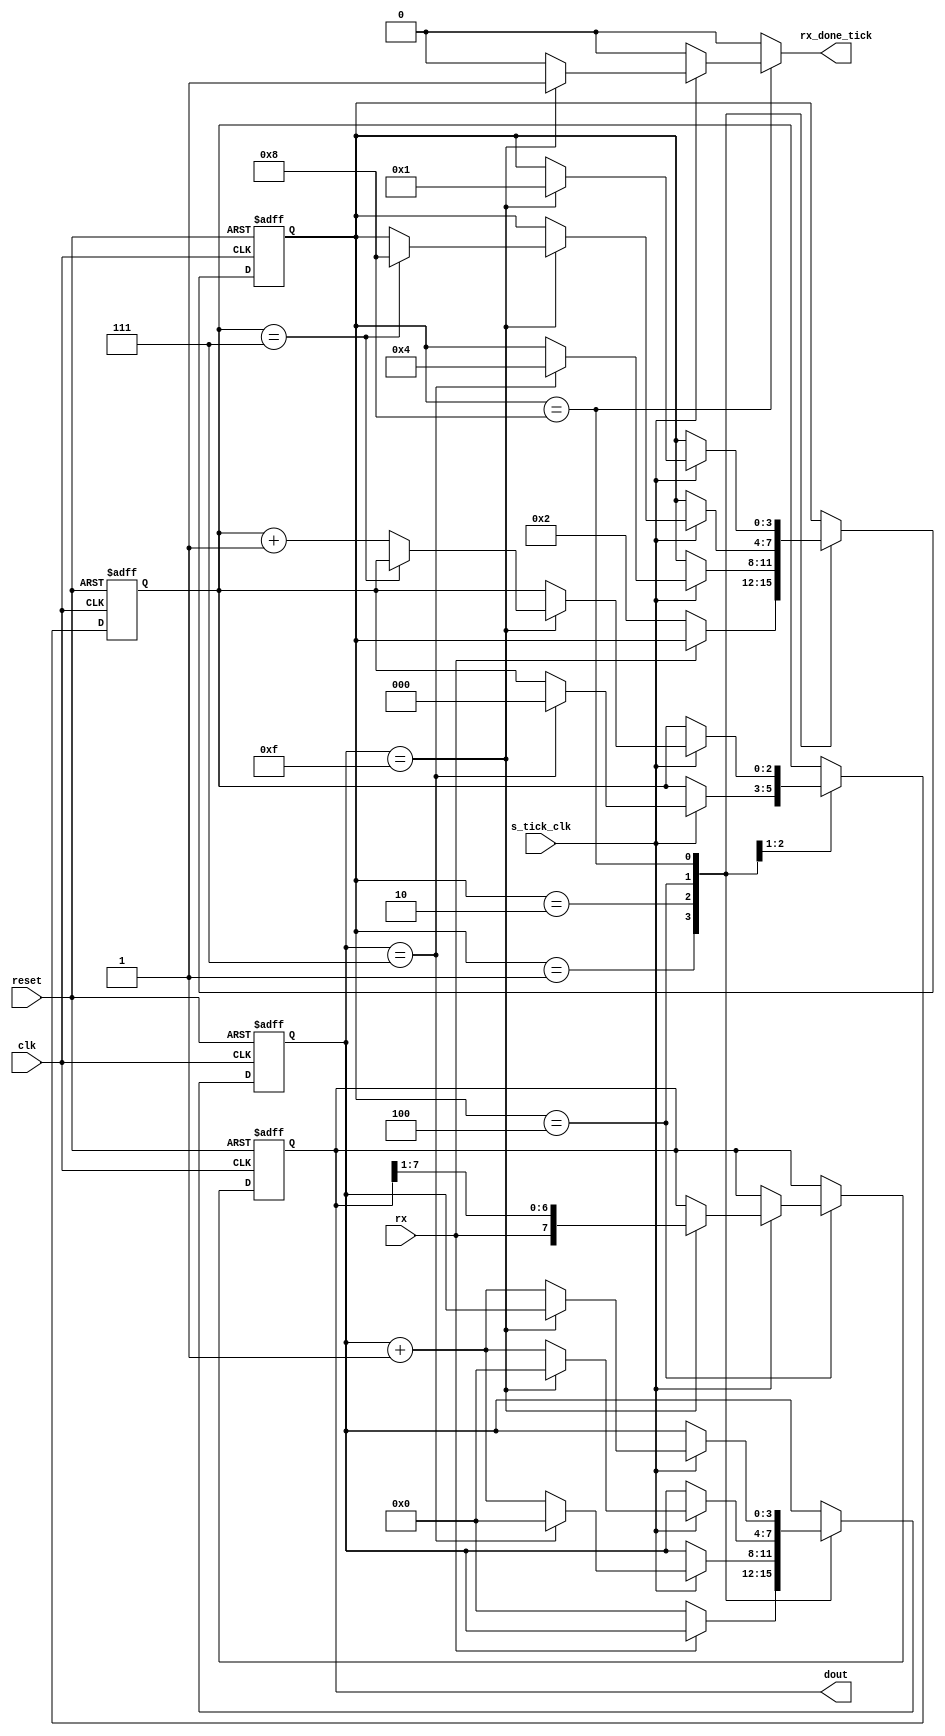
`timescale 1ns / 1ps
//////////////////////////////////////////////////////////////////////////////////
// Company: 
// Engineer: 
// 
// Design Name: 
// Module Name:    Rx 
// Project Name: 
// Target Devices: 
// Tool versions: 
// Description: 
//
// Dependencies: 
//
// Revision: 
// Revision 0.01 - File Created
// Additional Comments: 
//
//////////////////////////////////////////////////////////////////////////////////
module Rx
#(parameter N = 8,     // # DBIT: n bits de dato
            M = 16  // # SB_TICK: n de ticks de bit stop
   )
(clk, reset,rx, s_tick_clk,rx_done_tick,dout);// E/S - I/O

   // Entradas
	 input wire clk, reset; // clk: clock de FPGA - reset: seal para resetear FSM
    input wire rx, s_tick_clk; // rx: seal bit de recepcion - s_tick_clk: clock de baud rate gen.
	 
	 // Salidas
    output reg rx_done_tick; // bandera de recepcion
    output wire [7:0] dout; // salida de bit de datos recibidos
	 
	// Declaracion de estados
   localparam [3:0]
      idle  = 4'b0001,// esperando bit de inicio de recpcion (START)
      start = 4'b0010,// recibiendo bit de inicio (START)
      data  = 4'b0100,// recibiendo bit de datos
      stop  = 4'b1000;// recibiendo bit de STOP

   // Declaracion de seales con inicializacion en cada una
   reg [3:0] state, state_next=idle;// estados de 4 bits
   reg [3:0] s_reg, s_next=0; //s_reg: Tick counter -> cuenta los ticks desde el inicio, maxima cuenta 15(4 bits)
   reg [2:0] n_reg, n_next=0; //n_reg: data counter -> cuenta los bits de datos leidos, maxima cuenta 7(3 bits)
   reg [7:0] b_reg, b_next=0; //b_reg: registro de bits de datos (8 bits de datos)

   // Estados de la FSM & Resgistros de datos
   always @(posedge clk, posedge reset)
      if (reset)
         begin
            state <= idle;
            s_reg <= 0;
            n_reg <= 0;
            b_reg <= 0;
         end
      else
         begin
            state <= state_next;
            s_reg <= s_next;
            n_reg <= n_next;
            b_reg <= b_next;
         end

   // Logica de siguiente estado
   always @*
   begin
      state_next = state;
      rx_done_tick = 1'b0;
      s_next = s_reg;
      n_next = n_reg;
      b_next = b_reg;
      case (state)
         idle:
            if (~rx)
               begin
                  state_next = start; // estado sig -> start
                  s_next = 0; // tick counter inicia en cero
               end
         start:
            if (s_tick_clk)
               if (s_reg==7)
                  begin
                     state_next = data;// estado sig -> data
                     s_next = 0;// se reinicia tick counter
                     n_next = 0;// inicia en cero contador de bit de datos
                  end
               else
                  s_next = s_reg + 1;// aumenta en uno tick counter
         data:
            if (s_tick_clk)
               if (s_reg==15)
                  begin
                     s_next = 0;// se reinicia tick counter por cada bit
                     b_next = {rx, b_reg[7:1]};
                     if (n_reg==(N-1))
                        state_next = stop ;// estado sig -> stop
                      else
                        n_next = n_reg + 1;// aumenta en uno contador de bit de datos
                   end
               else
                  s_next = s_reg + 1;// aumenta en uno tick counter
         stop:
            if (s_tick_clk)
               if (s_reg==(M-1))
                  begin
                     state_next = idle;
                     rx_done_tick =1'b1;
                  end
               else
                  s_next = s_reg + 1;
		endcase
   end
   
	// Logica de Salida
   assign dout = b_reg;


endmodule